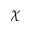
\chi